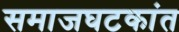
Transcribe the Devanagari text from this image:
समाजघटकांत